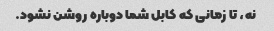
نه، تا زمانی که کابل شما دوباره روشن نشود.